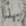
بهذا